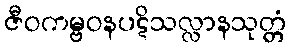
ဇီဝကမ္ဗဝနပဋိသလ္လာနသုတ္တံ